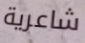
شاعرية